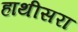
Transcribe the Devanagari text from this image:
हाथीसरा